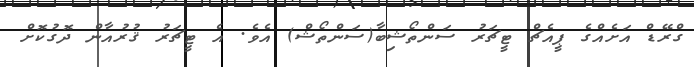
ގްރޭޑް އަށެއްގެ ޕީއެޗް ޓީޗަރު ސަންތޯޝިބާ(ސަންތޯޝް) އެވެ. އެ ޓީޗަރު ޤުރުއާން ދޮގުކޮށް